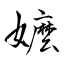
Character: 嬤